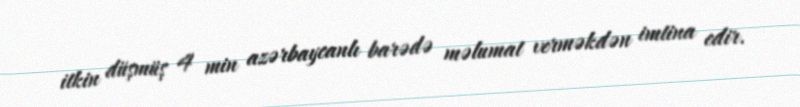
itkin düşmüş 4 min azərbaycanlı barədə məlumat verməkdən imtina edir.